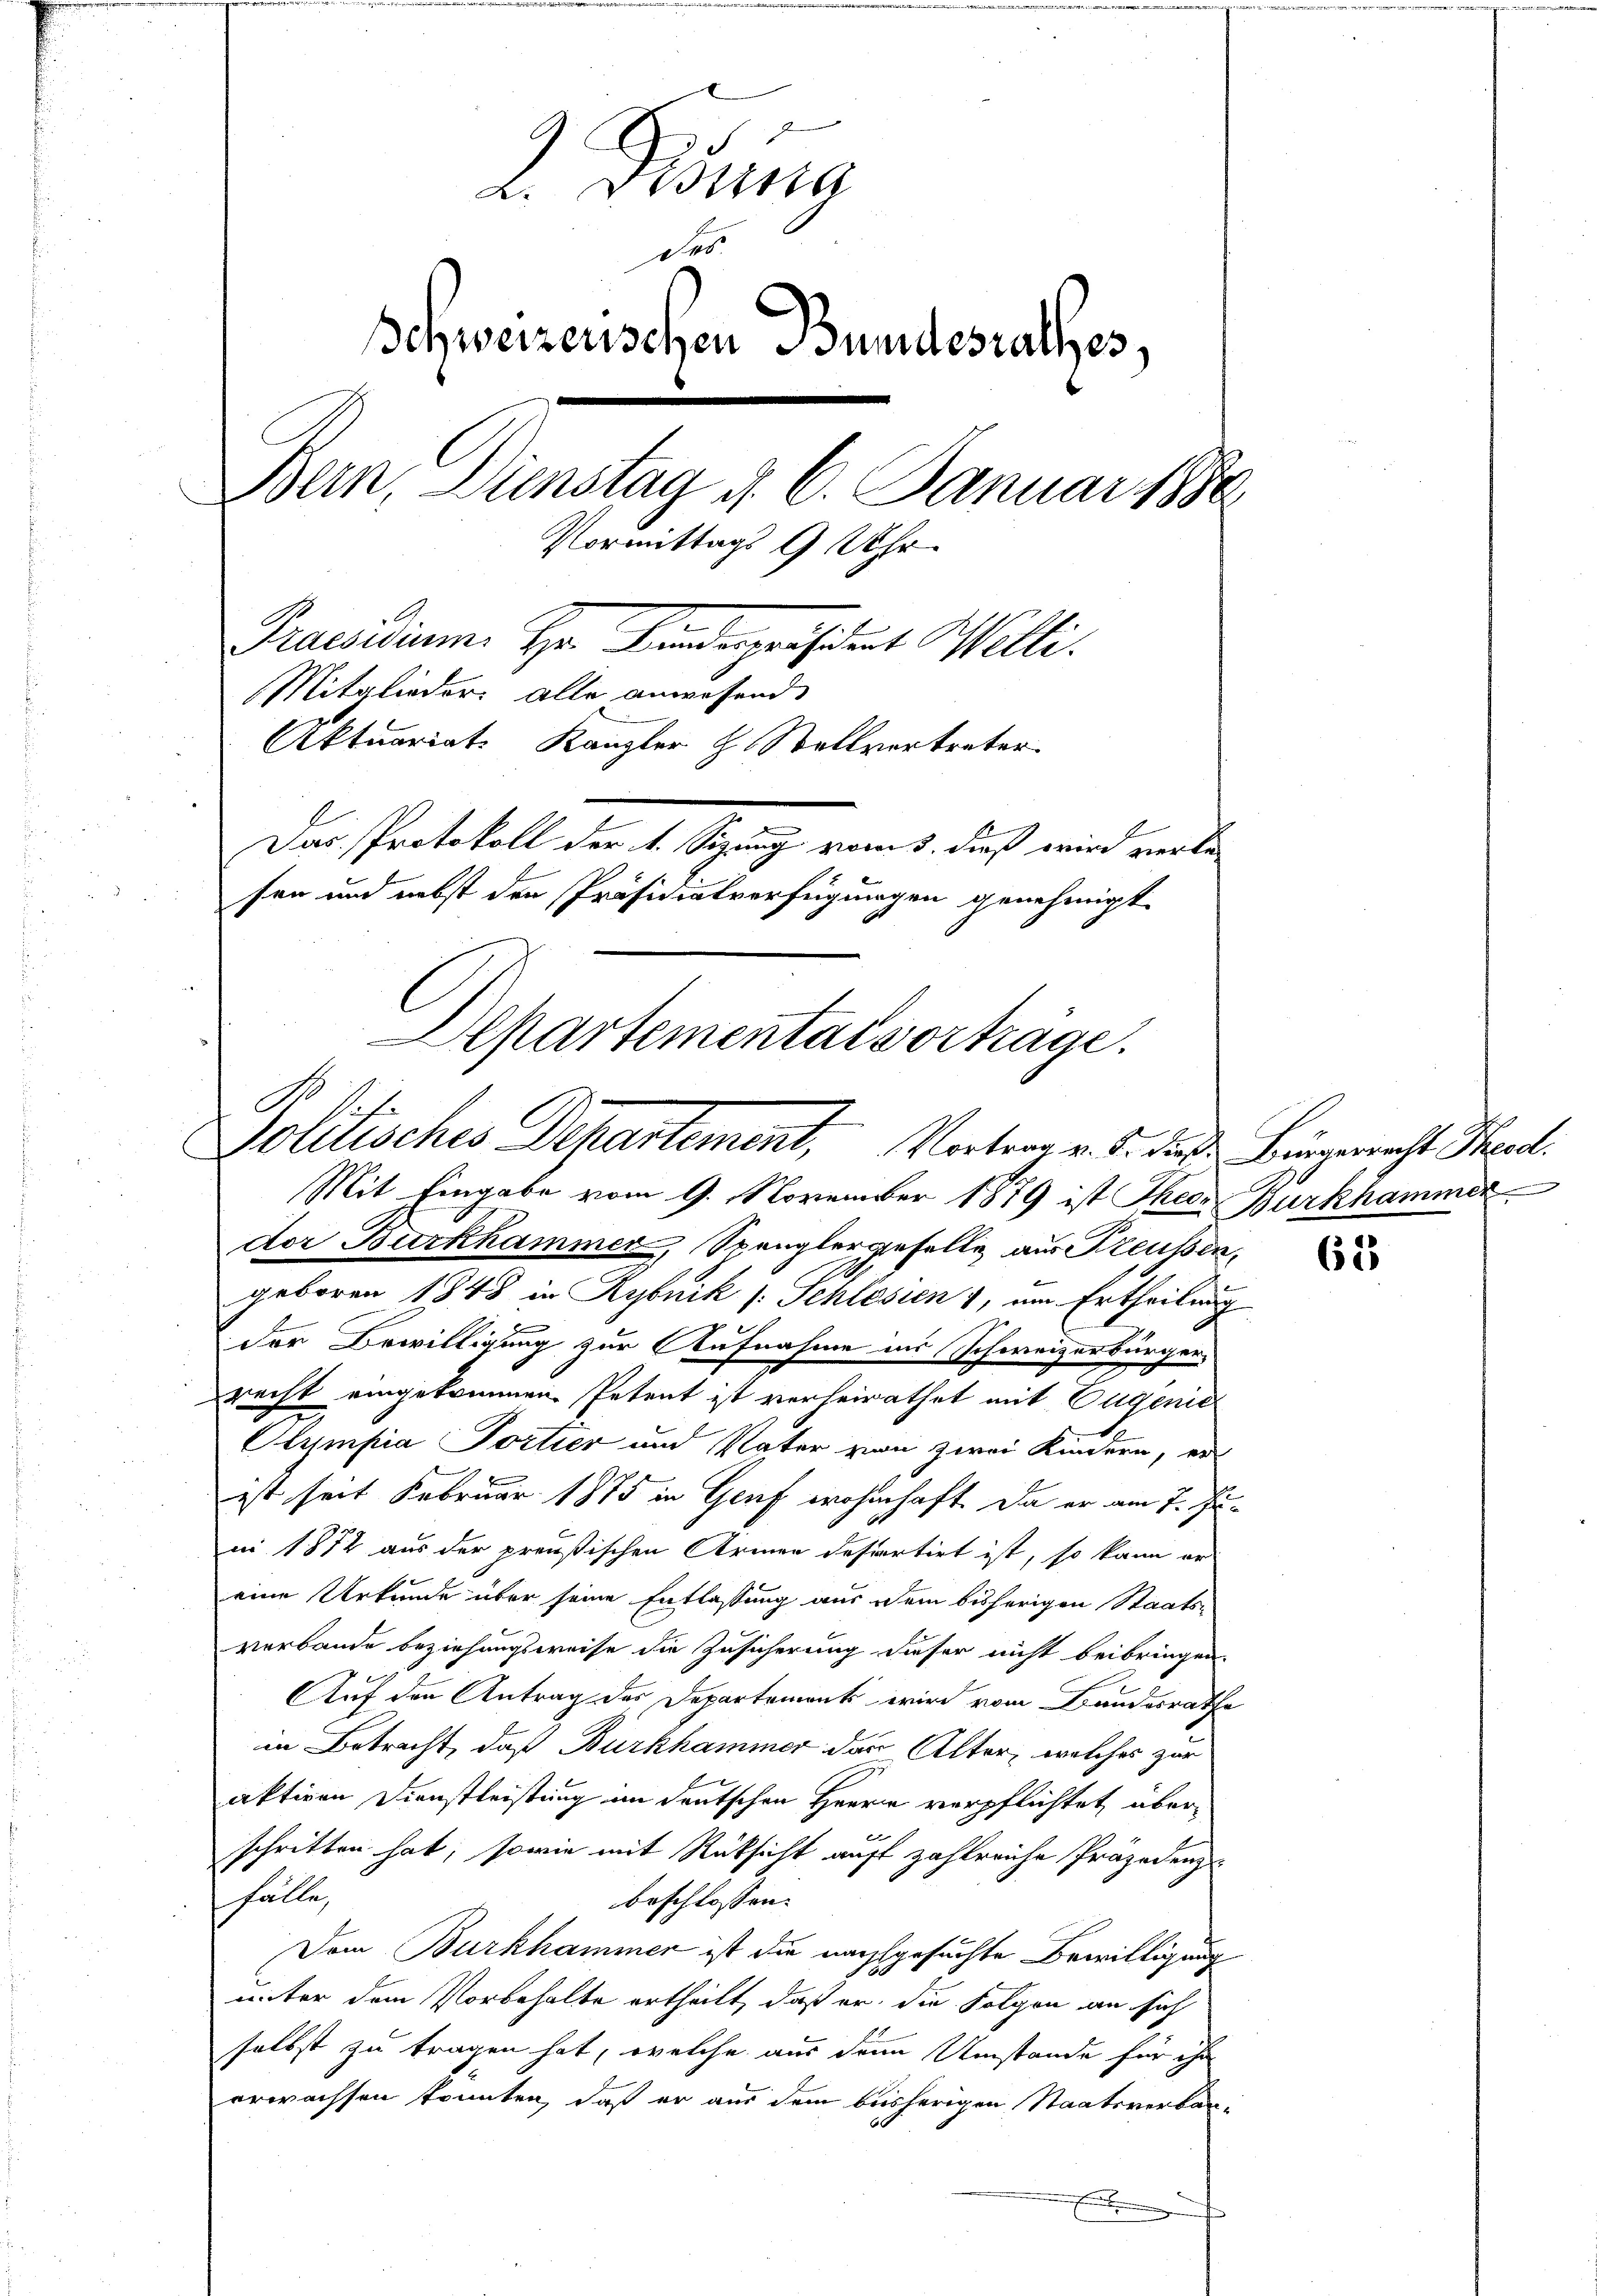
2. Dierna
des
Schweizerischen Bundesrathes,
Bein. Dienstag d. 6. Januar 1880
Vormittags 9 Uhr
Praesidium. Hr. Bindespräsident Willi
Mitglieder alle anwesend
Aktuariat Kanzler H. Stellvertreter
Das Protokoll der 4. Sepanz vom 1. daß wird verle
sen und nebst den Präsidialverfügungen genehmigt
Departementar vorträge.
G. Art.

Solitisches Departement, Vortrag v. J. diese Bürgerrecht Theod.
Mit Eingabe vom 9. November 1879 ist There Burkhammer

dor Burkhammer, Spenglergeselle aus Preussen
geboren 1848 in Rybnik (Schlesien 1, um Ertheilung
der Bewilligung zur Aufnahme ins Schweizerbürger,
recht eingekommen. Petent ist verheirathet mit Eugenie
1.
d
Olympia Portier und Vater von zwei Kindern, er
ist seit Februar 1875 in Genf wohnhaft. Da er am 7. Juin 1872 aus der preußischen Armen desartirt ist, so kann er
eine Urkunde über seine Entlassung aus dem bisherigen Staatsverbande beziehungsweise die Zusicherung dieser nicht beibringen.
Auf den Antrag des Departements wird vom Bundesrathe
in Betracht, daß Burkhammer das Alter, welches zur
aktiven Dienstleistung im deutschen Herrn verpflichtet, überx
schritten hat, sowie mit Rücksicht auf zahlreiche Präjedenz
hälle,
beschlossen:
Dem Burkhammen ist die nachgesuchte Bewilligung
unter dem Vorbehalte ertheilt, daß er die Folgen an sich
selbst zu tragen hat, welche aus den Umstände für ihn
erwachsen konnten, daß er aus dem bisherigen Staatsverban-
E

62